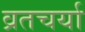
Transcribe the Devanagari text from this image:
व्रतचर्या